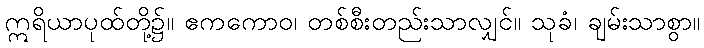
ဣရိယာပုထ်တို့၌။ ဧကကောဝ၊ တစ်စီးတည်းသာလျှင်။ သုခံ၊ ချမ်းသာစွာ။